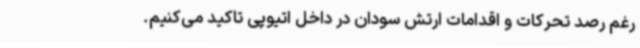
رغم رصد تحرکات و اقدامات ارتش سودان در داخل اتیوپی تاکید می‌کنیم.